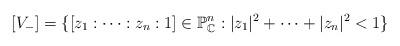
LaTeX: \begin{align*}[V_-]=\{[z_1:\cdots :z_n:1] \in \mathbb{P}_{\mathbb{C}}^n: \lvert z_1 \rvert ^2 +\cdots +\lvert z_n \rvert ^2< 1 \}\end{align*}